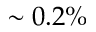
\sim 0 . 2 \%